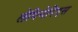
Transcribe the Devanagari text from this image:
लेगिनेरिएस